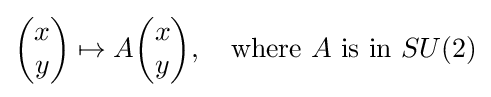
{\begin{pmatrix}x\\y\end{pmatrix}}\mapsto A{\begin{pmatrix}x\\y\end{pmatrix}},\quad {\text{where }}A{\text{ is in }}SU(2)